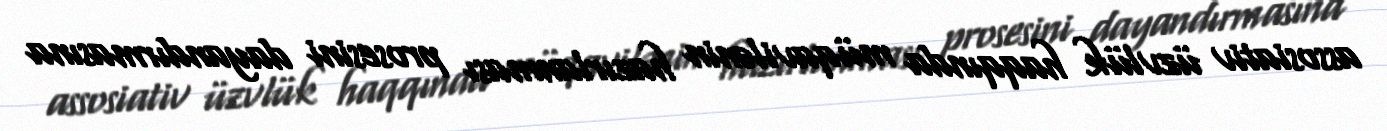
assosiativ üzvlük haqqında müqavilənin hazırlanması prosesini dayandırmasına